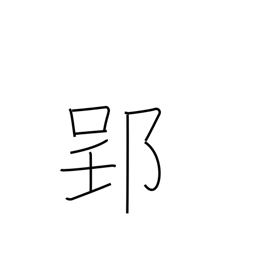
Meaning: place name